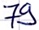
Text: 79